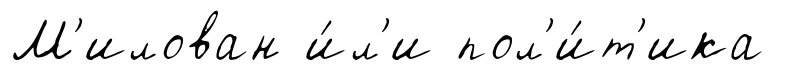
М'илован и́л'и пол'и́т'ика